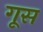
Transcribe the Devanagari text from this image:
गूस